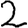
Digit: 2